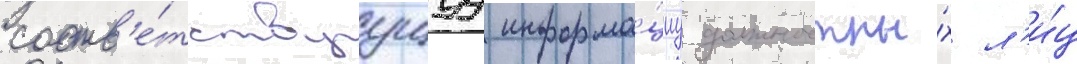
соотв'е́тствуущуу информа́циу должностны́х л'и́ц